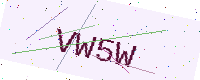
Text: VW5W